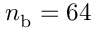
{ n } _ { \mathrm { b } } = 6 4